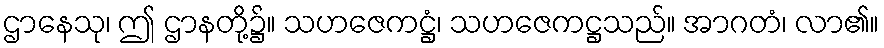
ဌာနေသု၊ ဤ ဌာနတို့၌။ သဟဇေကဋ္ဌံ၊ သဟဇေကဋ္ဌသည်။ အာဂတံ၊ လာ၏။